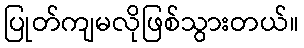
ပြုတ်ကျမလိုဖြစ်သွားတယ်။